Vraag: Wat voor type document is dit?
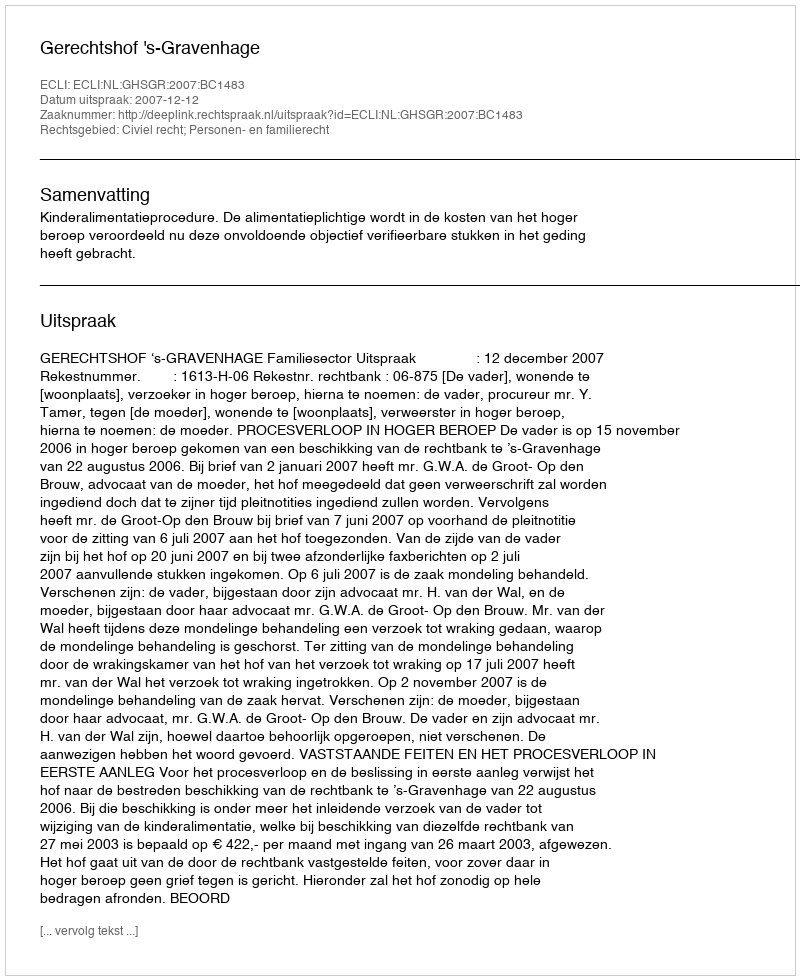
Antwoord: Uitspraak